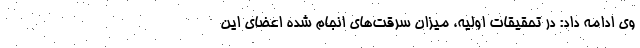
وی ادامه داد: در تحقیقات اولیه، میزان سرقت‌های انجام شده اعضای این